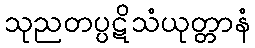
သုညတပ္ပဋိသံယုတ္တာနံ